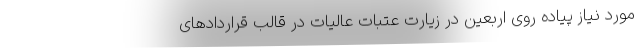
مورد نیاز پیاده روی اربعین در زیارت عتبات عالیات در قالب قراردادهای